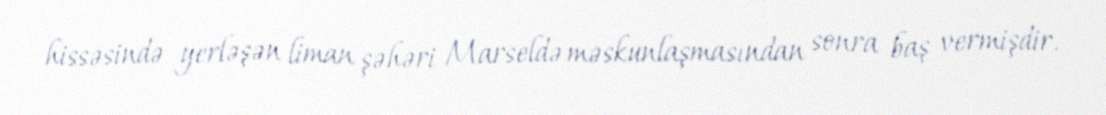
hissəsində yerləşən liman şəhəri Marseldə məskunlaşmasından sonra baş vermişdir.